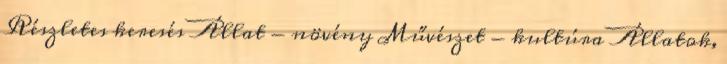
Részletes keresés Állat - növény Művészet - kultúra Állatok,